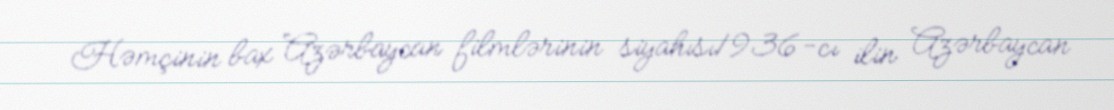
Həmçinin bax Azərbaycan filmlərinin siyahısı1936-cı ilin Azərbaycan